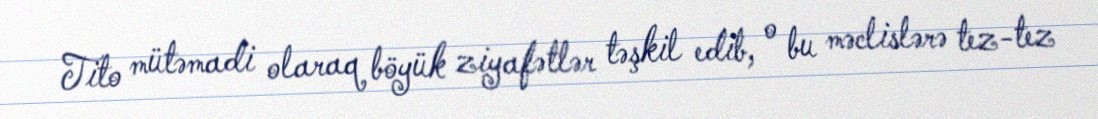
Tito mütəmadi olaraq böyük ziyafətlər təşkil edib, o bu məclislərə tez-tez